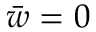
\bar { w } = 0